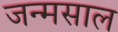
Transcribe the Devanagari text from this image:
जन्मसाल